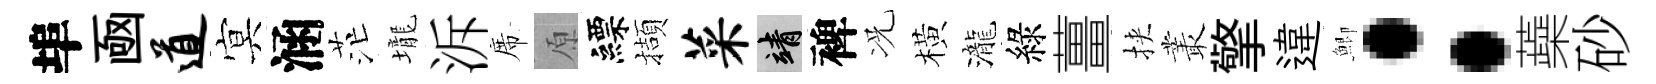
埠凾道㝠涵茫壠泝席原縹擷菜靖裨况橫瀧綠薑挾叢擎違鯽：蘃砂